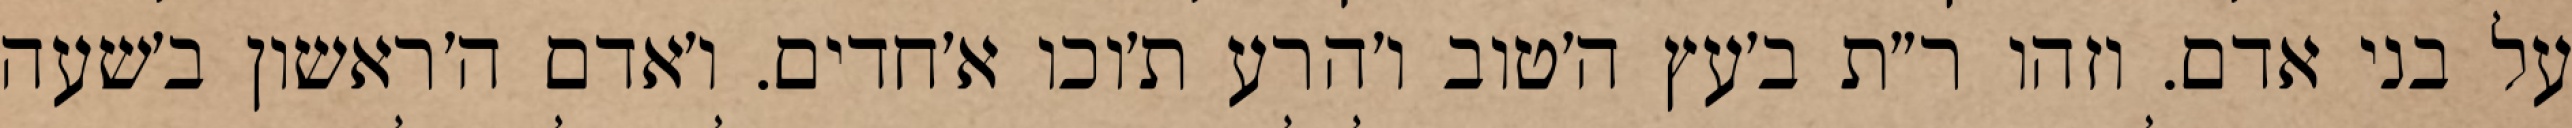
על בני אדם. וזהו ר״ת ב׳עץ ה׳טוב ו׳הרע ת׳וכו א׳חדים. ו׳אדם ה׳ראשון ב׳שעה